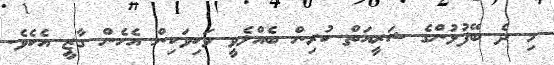
މި ދެ ބޭފުޅުންގެ ޝަރީއަތް ކުރިން ބެއްލެވީ ވަކިވަކިން އެހެން ގާޒީ އެކެވެ.